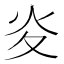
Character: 𭴅